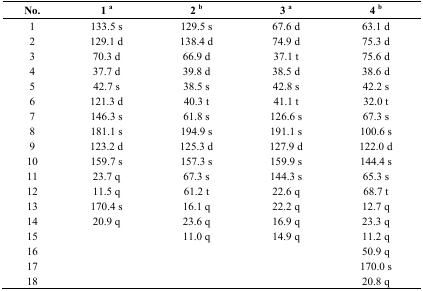
| No. | 1 a | 2 b | 3 a | 4 b |
 | --- | --- | --- | --- | --- |
 | 1 | 133.5 s | 129.5 s | 67.6 d | 63.1 d |
 | 2 | 129.1 d | 138.4 d | 74.9 d | 75.3 d |
 | 3 | 70.3 d | 66.9 d | 37.1 t | 75.6 d |
 | 4 | 37.7 d | 39.8 d | 38.5 d | 38.6 d |
 | 5 | 42.7 s | 38.5 s | 42.8 s | 42.2 s |
 | 6 | 121.3 d | 40.3 t | 41.1 t | 32.0 t |
 | 7 | 146.3 s | 61.8 s | 126.6 s | 67.3 s |
 | 8 | 181.1 s | 194.9 s | 191.1 s | 100.6 s |
 | 9 | 123.2 d | 125.3 d | 127.9 d | 122.0 d |
 | 10 | 159.7 s | 157.3 s | 159.9 s | 144.4 s |
 | 11 | 23.7 q | 67.3 s | 144.3 s | 65.3 s |
 | 12 | 11.5 q | 61.2 t | 22.6 q | 68.7 t |
 | 13 | 170.4 s | 16.1 q | 22.2 q | 12.7 q |
 | 14 | 20.9 q | 23.6 q | 16.9 q | 23.3 q |
 | 15 |  | 11.0 q | 14.9 q | 11.2 q |
 | 16 |  |  |  | 50.9 q |
 | 17 |  |  |  | 170.0 s |
 | 18 |  |  |  | 20.8 q |